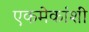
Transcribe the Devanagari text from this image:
एकमेकांशीं